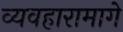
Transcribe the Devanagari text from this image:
व्यवहारामागे